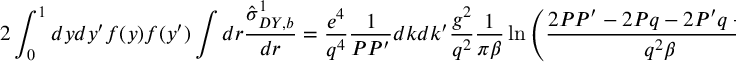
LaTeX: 2 \int _ { 0 } ^ { 1 } d y d y ^ { \prime } f ( y ) f ( y ^ { \prime } ) \int d r \frac { \hat { \sigma } _ { D Y , b } ^ { 1 } } { d r } = \frac { e ^ { 4 } } { q ^ { 4 } } \frac { 1 } { P P ^ { \prime } } d k d k ^ { \prime } \frac { g ^ { 2 } } { q ^ { 2 } } \frac { 1 } { \pi \beta } \ln \left( \frac { 2 P P ^ { \prime } - 2 P q - 2 P ^ { \prime } q + q ^ { 2 } } { q ^ { 2 } \beta } \right)